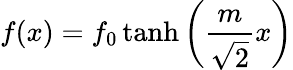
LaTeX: f(x)=f_{0}\operatorname{tanh}\left({\frac{m}{\sqrt{2}}}x\right)